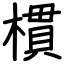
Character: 樌